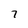
Character: 7